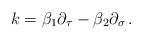
LaTeX: \begin{align*}k = \beta_1 \partial_\tau - \beta_2 \partial_\sigma\, .\end{align*}